Annual report of the Civil Veterinary Department, Bengal, and of the Bengal Veterinary College, for the year 1900-1901 - 1900-1901
Year: 1900
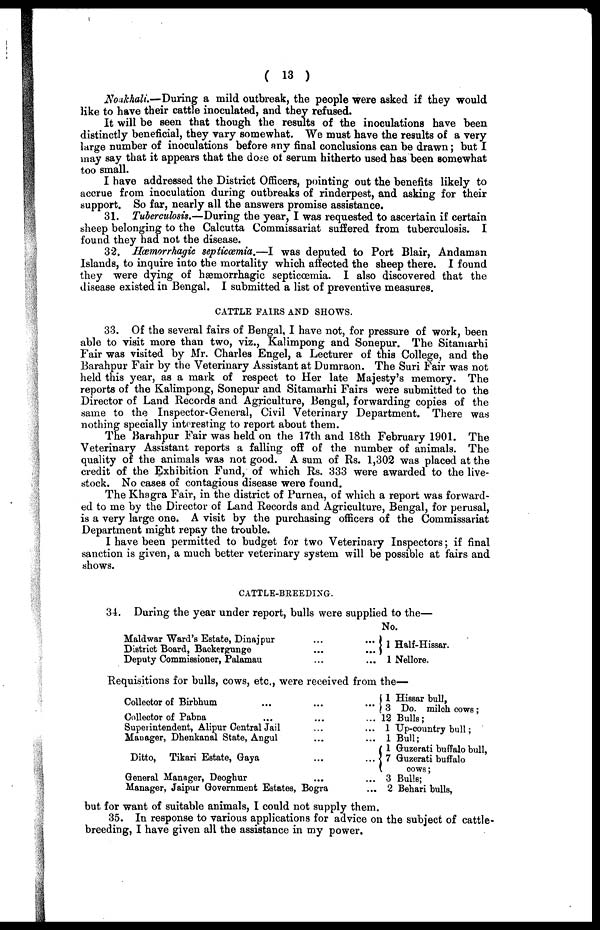
( 13 )
Noakhali.—During a mild outbreak, the people were asked if they would
like to have their cattle inoculated, and they refused.
It will be seen that though the results of the inoculations have been
distinctly beneficial, they vary somewhat. We must have the results of a very
large number of inoculations before any final conclusions can be drawn; but I
may say that it appears that the dose of serum hitherto used has been somewhat
too small.
I have addressed the District Officers, pointing out the benefits likely to
accrue from inoculation during outbreaks of rinderpest, and asking for their
support. So far, nearly all the answers promise assistance.
31. Tuberculosis.—During the year, I was requested to ascertain if certain
sheep belonging to the Calcutta Commissariat suffered from tuberculosis. I
found they had not the disease.
32. Hæmorrhagie septicæmia.—I was deputed to Port Blair, Andaman
Islands, to inquire into the mortality which affected the sheep there. I found
they were dying of hæmorrhagic septicæmia. I also discovered that the
disease existed in Bengal. I submitted a list of preventive measures.
CATTLE FAIRS AND SHOWS.
33. Of the several fairs of Bengal, I have not, for pressure of work, been
able to visit more than two, viz., Kalimpong and Sonepur. The Sitaniarhi
Fair was visited by Mr. Charles Engel, a Lecturer of this College, and the
Barahpur Fair by the Veterinary Assistant at Dumraon. The Suri Fair was not
held this year, as a mark of respect to Her late Majesty's memory. The
reports of the Kalimpong, Sonepur and Sitamarhi Fairs were submitted to the
Director of Land Records and Agriculture, Bengal, forwarding copies of the
same to the Inspector-General, Civil Veterinary Department. There was
nothing specially interesting to report about them.
The Barahpur Fair was held on the 17th and 18th February 1901. The
Veterinary Assistant reports a falling off of the number of animals. The
quality of the animals was not good. A sum of Rs. 1,302 was placed at the
credit of the Exhibition Fund, of which Rs. 333 were awarded to the live-
stock. No cases of contagious disease were found.
The Khagra Fair, in the district of Purnea, of which a report was forward-
ed to me by the Director of Land Records and Agriculture, Bengal, for perusal,
is a very large one. A visit by the purchasing officers of the Commissariat
Department might repay the trouble.
I have been permitted to budget for two Veterinary Inspectors; if final
sanction is given, a much better veterinary system will be possible at fairs and
shows.
CATTLE-BREEDING.
34. During the year under report, bulls were supplied to the—
Maldwar Ward's Estate, Dinajpur
...
...
District Board, Backergunge ... ...
Deputy Commissioner, Palamau ... ...
No.
1 Half-Hissar.
1 Nellore.
Requisitions for bulls, cows, etc., were received from the—
Collector of Birbhum
...
...
...
Collector of Pabna ... ... ...
Superintendent, Alipur Central Jail ... ...
Manager, Dhenkanal State, Angul ... ...
Ditto, Tikari Estate, Gaya
...
...
General Manager, Deoghur ... ...
Manager, Jaipur Government Estates, Bogra ...
1 Hissar bull,
3 Do. milch cows ;
12 Bulls;
1 Up-country bull;
1 Bull;
1 Guzerati buffalo bull,
7 Guzerati buffalo
cows;
3 Bulls;
2 Behari bulls,
but for want of suitable animals, I could not supply them.
35. In response to various applications for advice on the subject of cattle-
breeding, I have given all the assistance in my power.